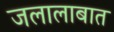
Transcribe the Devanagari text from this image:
जलालाबात